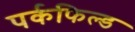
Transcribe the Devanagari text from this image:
पर्कफिल्ड